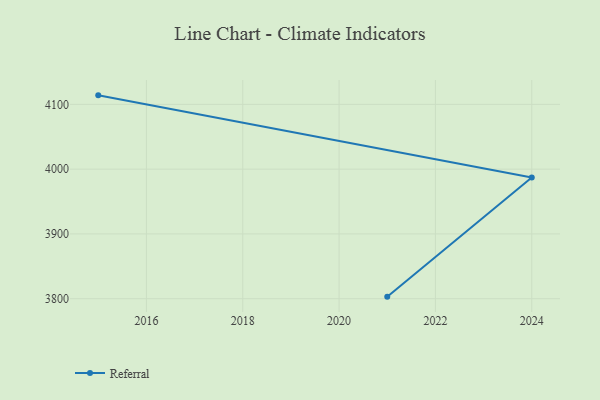
{"axis": {"x": "Year", "y": "Market Share (%)"}, "legend": ["Referral"], "data": [{"x": "2021", "y": 3803.2, "type": "Referral"}, {"x": "2024", "y": 3987.1, "type": "Referral"}, {"x": "2015", "y": 4113.9, "type": "Referral"}]}